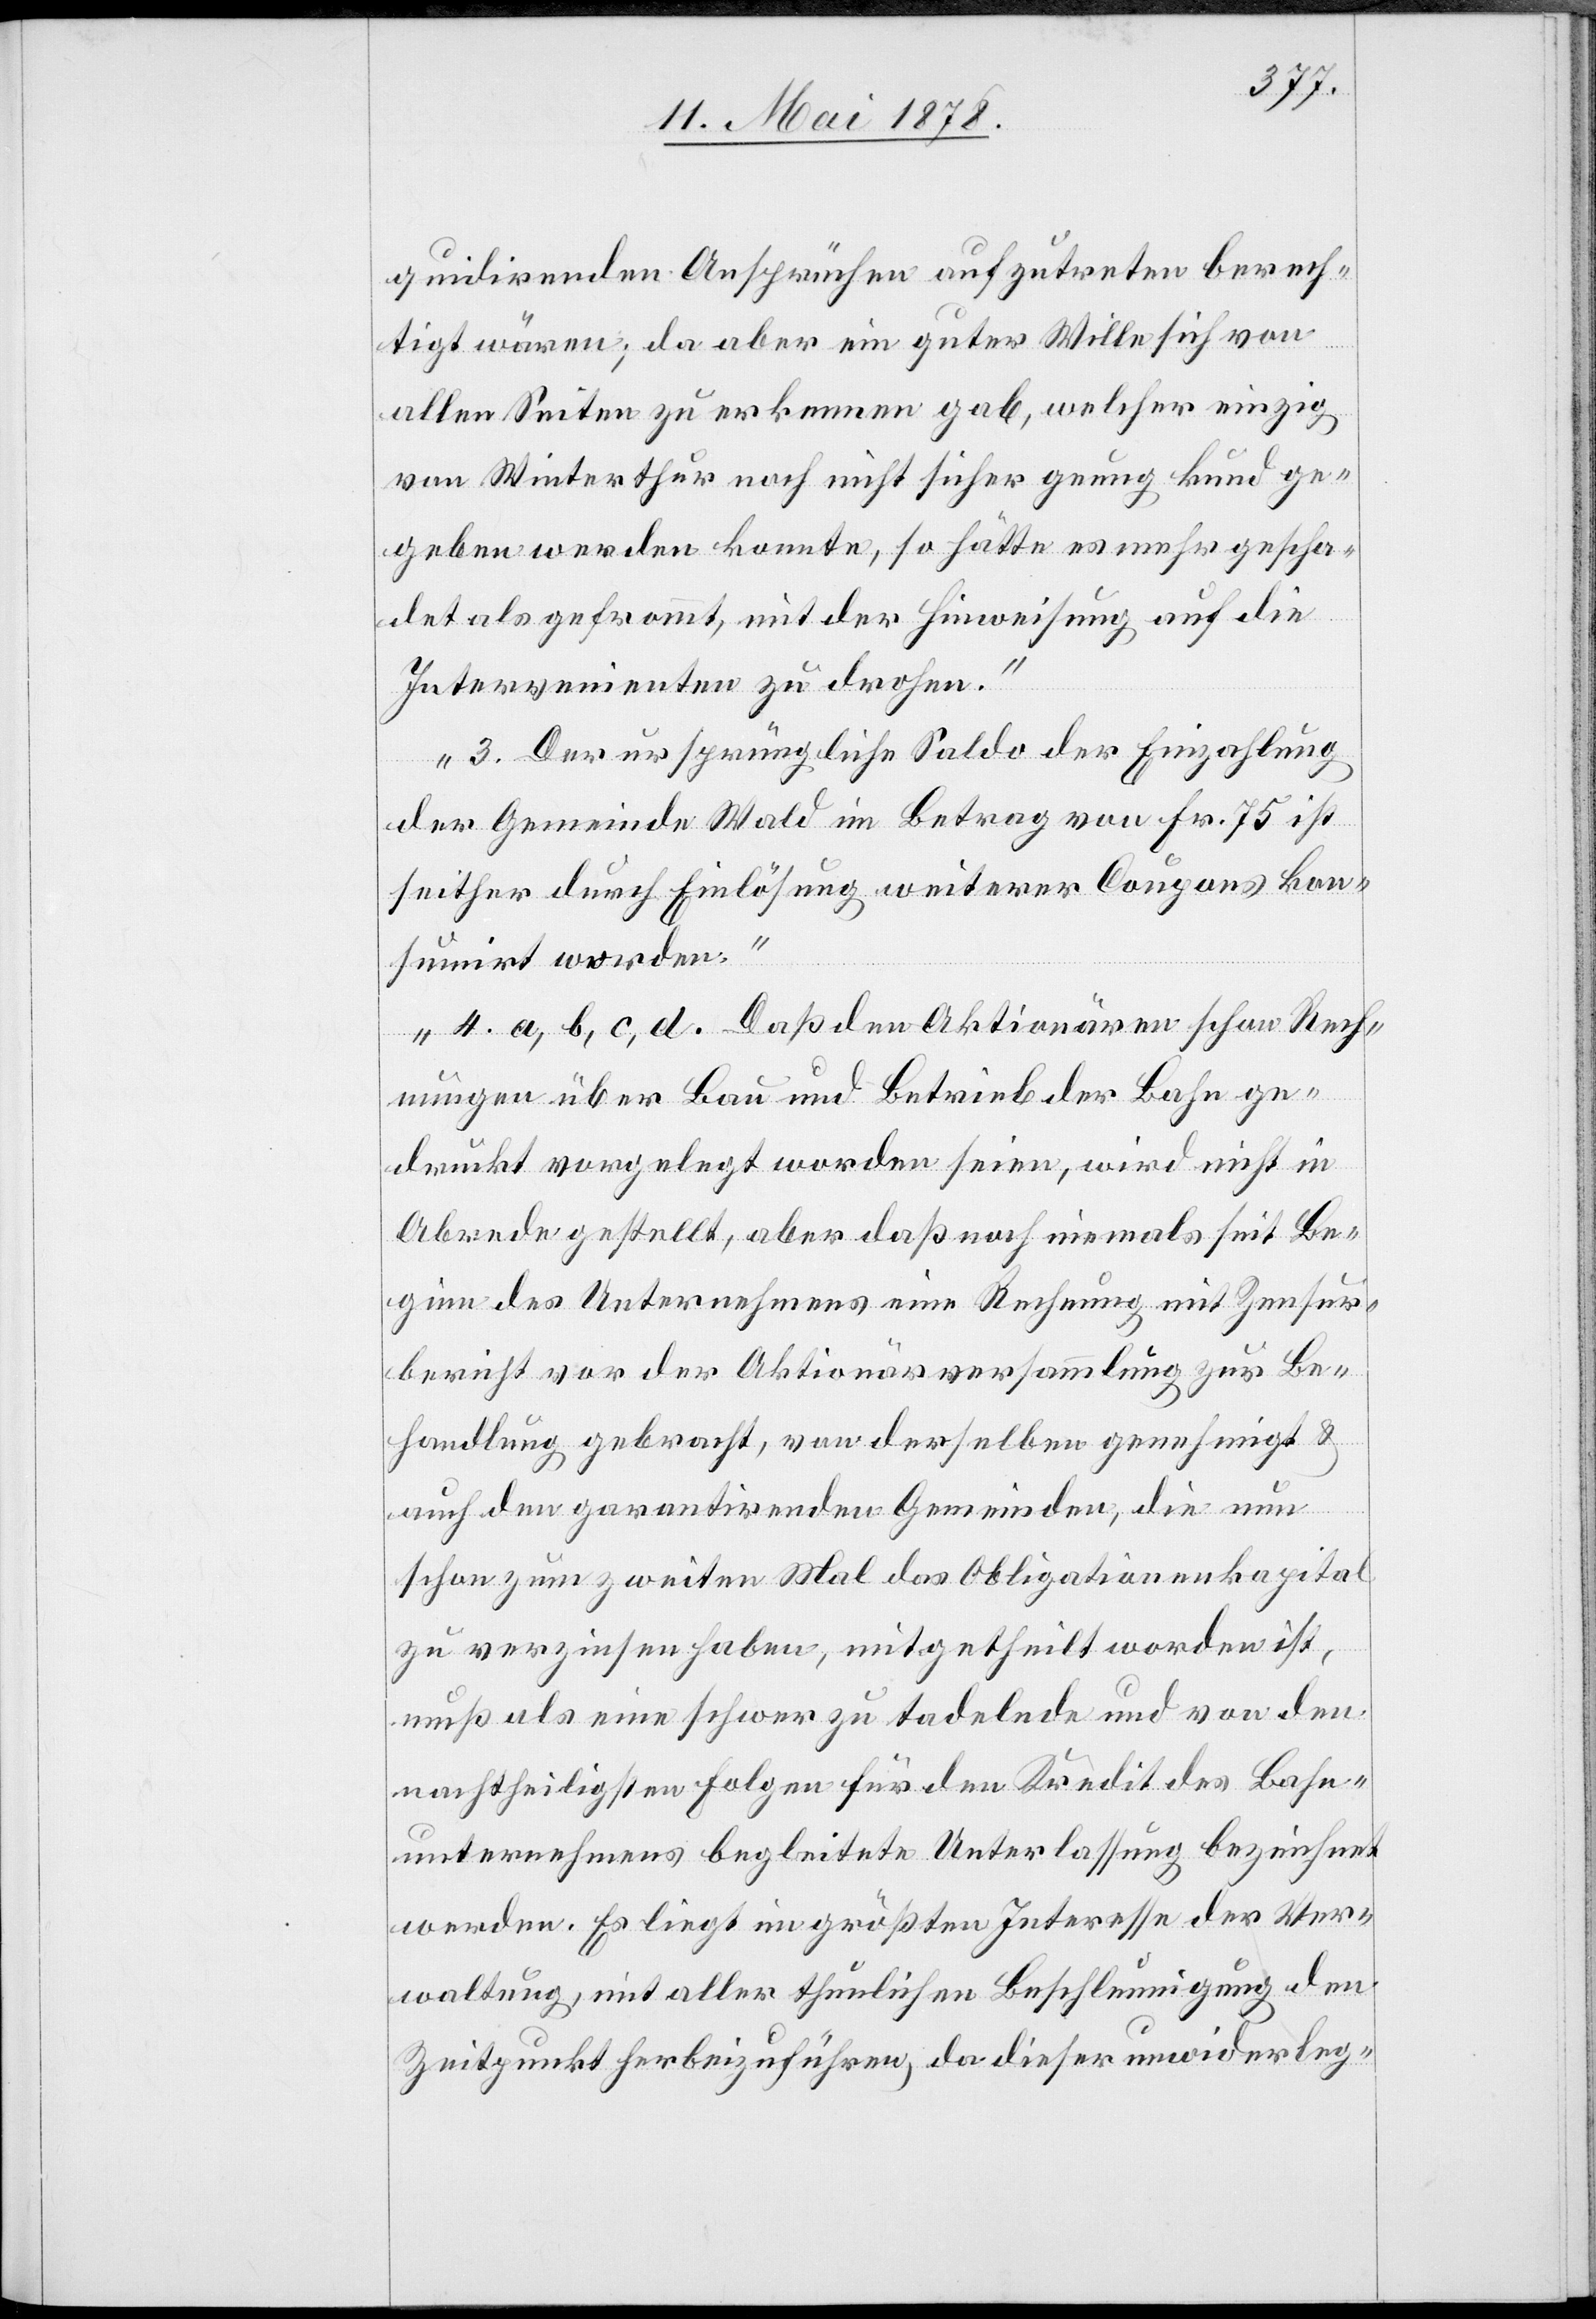
quidirenden Ansprüchen aufzutreten berech¬
tigt wären; da aber ein guter Wille sich von
allen Seiten zu erkennen gab, welcher einzig
von Winterthur noch nicht sicher genug kundge¬
geben werden konnte, so hätte es mehr gescha¬
det als gefrommt, mit der Hinweisung auf die
Intervenienten zu drohen.“
„3. Der ursprüngliche Saldo der Einzahlung
der Gemeinde Wald im Betrag von Fr. 75 ist
seither durch Einlösung weiterer Coupons kon¬
sumirt worden.“
„4. a, b, c, d. Daß den Aktionären schon Rech¬
nungen über Bau und Betrieb der Bahn ge¬
druckt vorgelegt worden seien, wird nicht in
Abrede gestellt, aber das noch niemals seit Be¬
ginn des Unternehmens eine Rechnung mit Zensur¬
bericht vor der Aktionärversammlung zur Be¬
handlung gebracht, von derselben genehmigt &
auch den garantirenden Gemeinden, die nun
schon zum zweiten Mal das Obligationenkapital
zu verzinsen haben, mitgetheilt worden ist,
muß als eine schwer zu tadelnde und von den
nachtheiligsten Folgen für den Kredit des Bahn¬
unternehmens begleitete Unterlassung bezeichnet
werden. Es liegt im größten Interesse der Ver¬
waltung, mit aller thunlichen Beschleunigung den
Zeitpunkt herbeizuführen, da dieser unwiderleg-